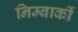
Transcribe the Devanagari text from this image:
निम्बार्की